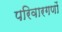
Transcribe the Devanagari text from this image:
परिवारगणों